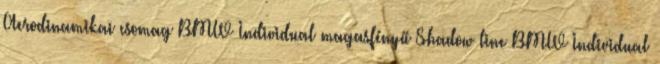
Aerodinamikai csomag BMW Individual magasfényű Shadow line BMW Individual